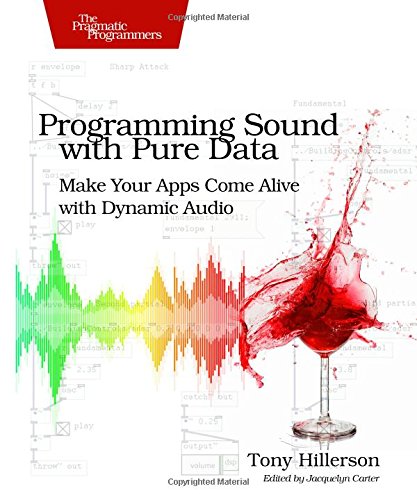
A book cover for Programming Sound with Pure Data: Make Your Apps Come Alive with Dynamic Audio; Tony Hillerson; Computers & Technology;